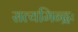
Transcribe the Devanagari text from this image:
सत्यमिन्द्रः